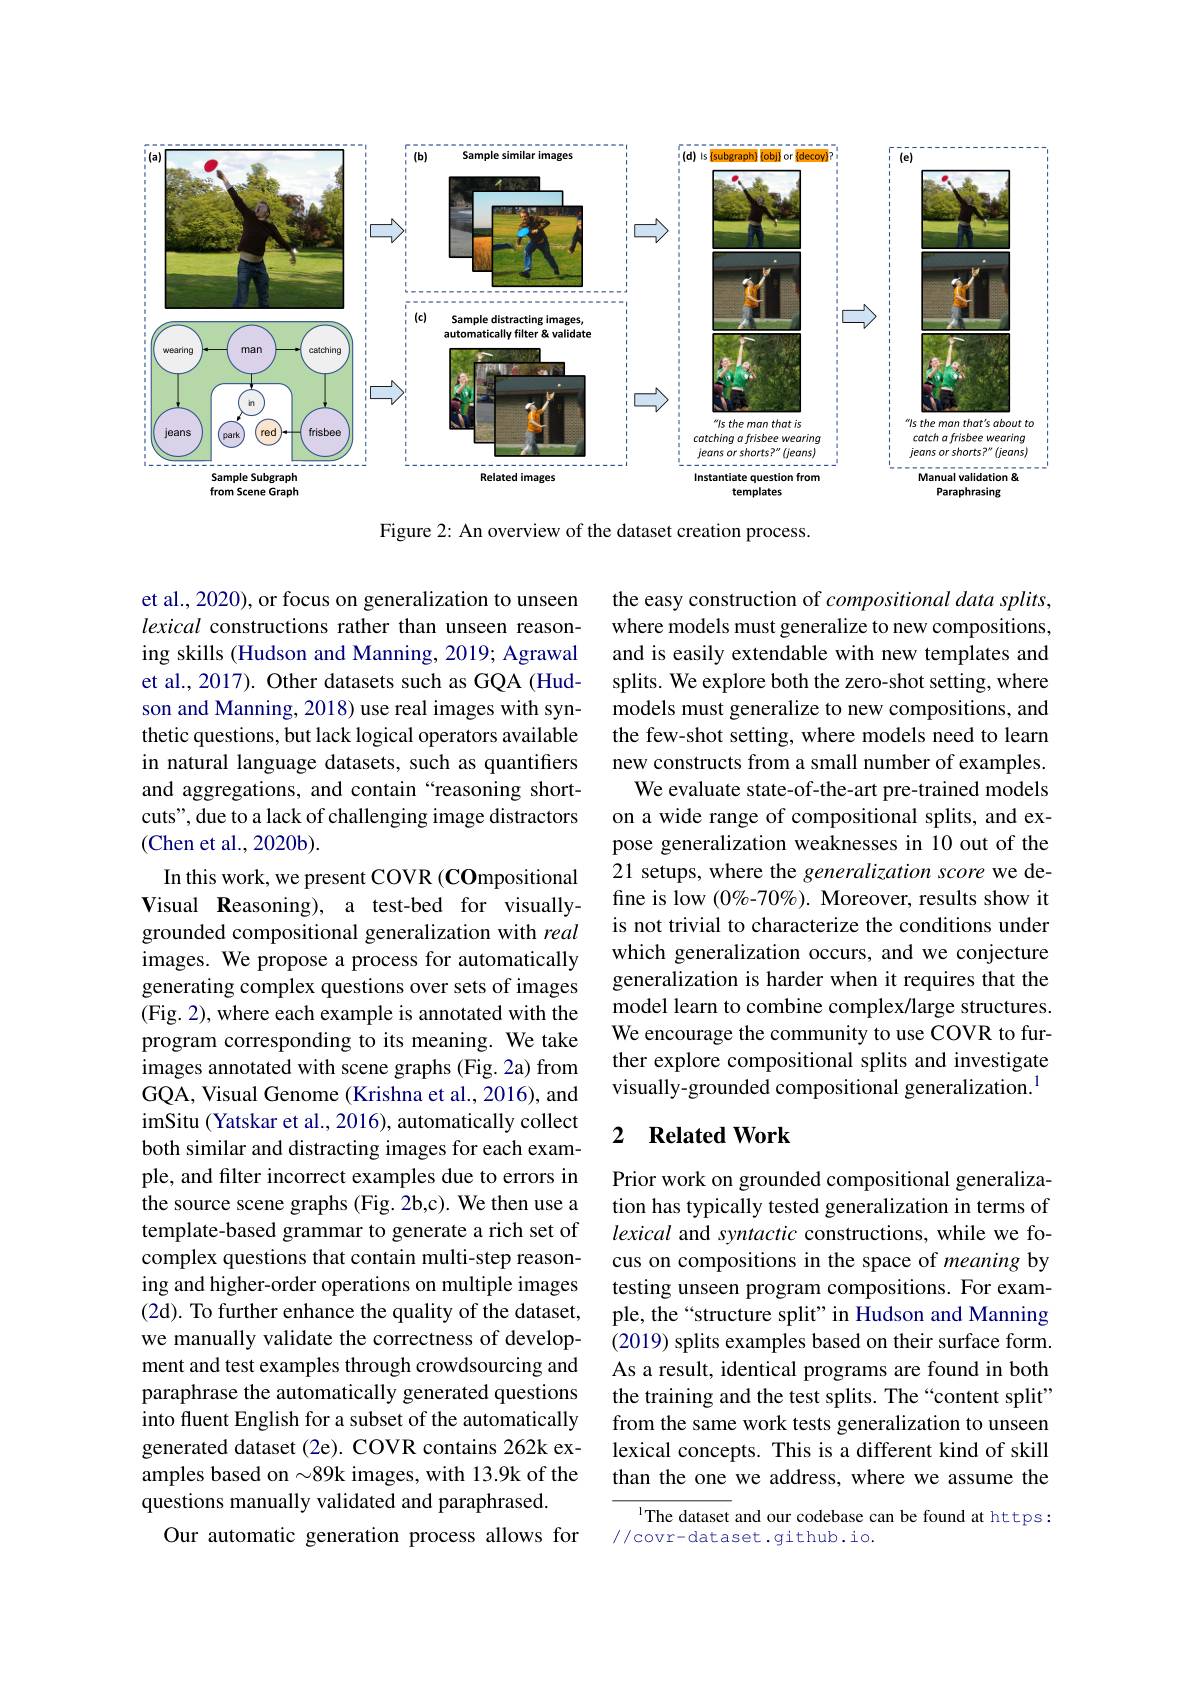
<FigureHere>

Figure 2: An overview of the dataset creation process.

the easy construction of compositional data splits, where models must generalize to new compositions, and is easily extendable with new templates and splits. We explore both the zero-shot setting, where models must generalize to new compositions, and the few-shot setting, where models need to learn new constructs from a small number of examples. We evaluate state-of-the-art pre-trained models on a wide range of compositional splits, and expose generalization weaknesses in $\hat{1}0$ out of the 21 setups, where the generalization score we define is low (0%-70%). Moreover, results show it is not trivial to characterize the conditions under which generalization occurs, and we conjecture generalization is harder when it requires that the model learn to combine complex/large structures. We encourage the community to use COVR to further explore compositional splits and investigate visually-grounded compositional generalization.$^{1}$

et al., 2020), or focus on generalization to unseen lexical constructions rather than unseen reasoning skills (Hudson and Manning, 2019; Agrawal et al., 2017). Other datasets such as GQA (Hudson and Manning, 2018) use real images with synthetic questions, but lack logical operators available in natural language datasets, such as quantifiers and aggregations, and contain “reasoning shortcuts", due to a lack of challenging image distractors (Chen et al., 2020b).
In this work, we present COVR (COmpositional Visual Reasoning), a test-bed for visuallygrounded compositional generalization with real images. We propose a process for automatically generating complex questions over sets of images (Fig. 2), where each example is annotated with the program corresponding to its meaning. We take images annotated with scene graphs (Fig. 2a) from GQA, Visual Genome (Krishna et al., 2016), and imSitu (Yatskar et al., 2016), automatically collect both similar and distracting images for each example, and filter incorrect examples due to errors in the source scene graphs (Fig. 2b,c). We then use a template-based grammar to generate a rich set of complex questions that contain multi-step reasoning and higher-order operations on multiple images (2d). To further enhance the quality of the dataset, we manually validate the correctness of development and test examples through crowdsourcing and paraphrase the automatically generated questions into fluent English for a subset of the automatically generated dataset (2e). COVR contains 262k examples based on $\sim89$k images, with 13.9k of the questions manually validated and paraphrased.
Our automatic generation process allows for

### 2 $\textbf{Related Work}$

Prior work on grounded compositional generalization has typically tested generalization in terms of lexical and syntactic constructions, while we focus on compositions in the space of meaning by testing unseen program compositions. For example, the“structure split”in Hudson and Manning (2019) splits examples based on their surface form. As a result, identical programs are found in both the training and the test splits. The“content split” from the same work tests generalization to unseen lexical concepts. This is a different kind of skill than the one we address, where we assume the

$^{1}$The dataset and our codebase can be found at https:
//covr-dataset.github.io.